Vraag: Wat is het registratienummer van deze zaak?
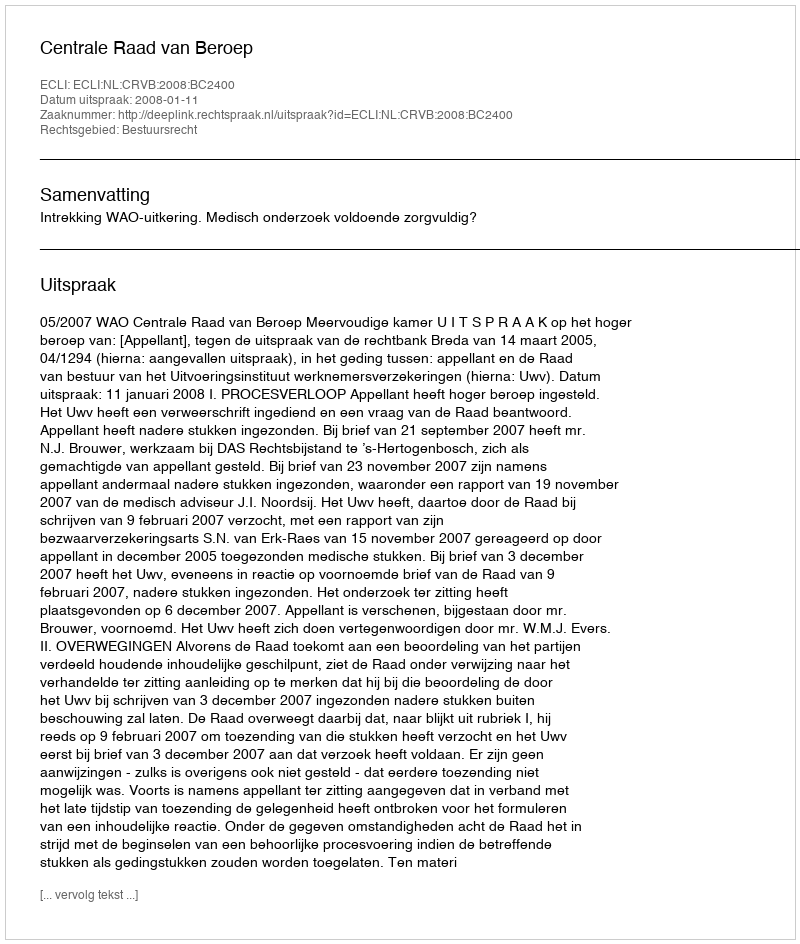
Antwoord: http://deeplink.rechtspraak.nl/uitspraak?id=ECLI:NL:CRVB:2008:BC2400